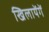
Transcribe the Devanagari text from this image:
खिलायेंगें